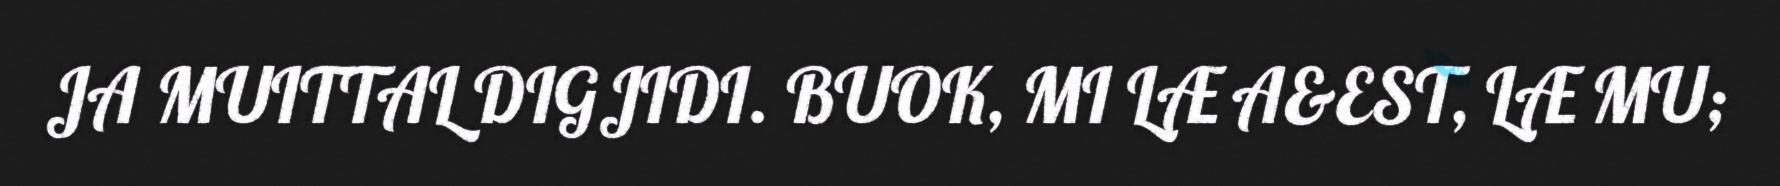
JA MUITTAL DIGJIDI. BUOK, MI LÆ A&EST, LÆ MU;